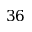
3 6